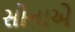
સોનાએ